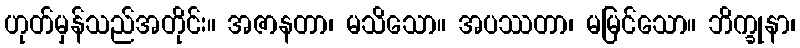
ဟုတ်မှန်သည်အတိုင်း။ အဇာနတာ၊ မသိသော။ အပဿတာ၊ မမြင်သော။ ဘိက္ခုနာ၊